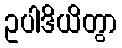
ဥပါဒိယိတွာ